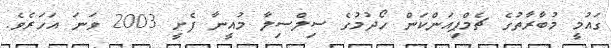
ގައުމީ މުބާރާތުގެ ޗެމްޕިއަންކަން ހޯދުމުގެ ސިލްސިލާ މުއީނާ ފެށީ 2003 ވަނަ އަހަރެވެ.